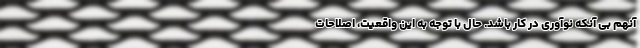
آنهم بی آنکه نوآوری در کار باشد. حال با توجه به این واقعیت، اصلاحات